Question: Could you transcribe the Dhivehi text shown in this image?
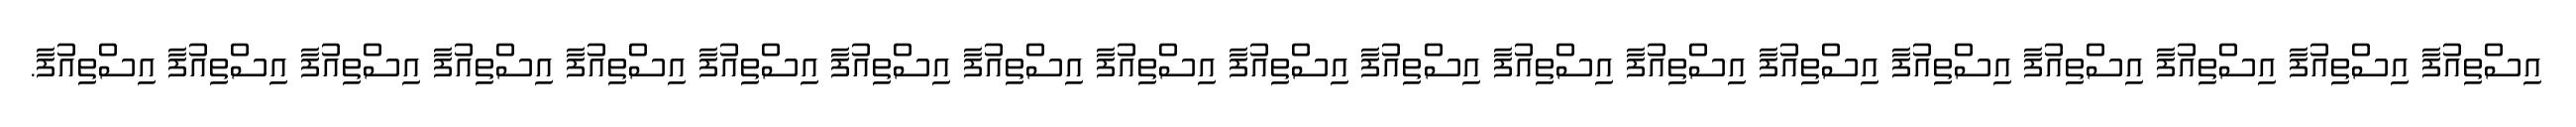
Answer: އިސްތިއުފާ އިސްތިއުފާ އިސްތިއުފާ އިސްތިއުފާ އިސްތިއުފާ އިސްތިއުފާ އިސްތިއުފާ އިސްތިއުފާ އިސްތިއުފާ އިސްތިއުފާ އިސްތިއުފާ އިސްތިއުފާ އިސްތިއުފާ އިސްތިއުފާ އިސްތިއުފާ އިސްތިއުފާ އިސްތިއުފާ އިސްތިއުފާ އިސްތިއުފާ.